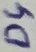
Text: D4